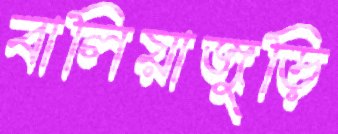
বালিয়াজুড়ি